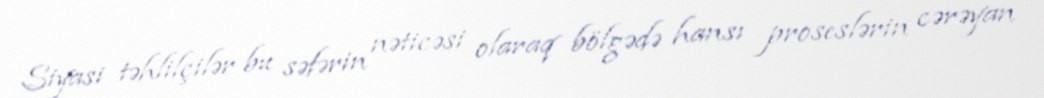
Siyasi təhlilçilər bu səfərin nəticəsi olaraq bölgədə hansı proseslərin cərəyan